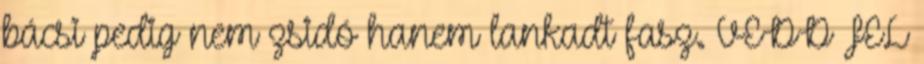
bácsi pedig nem zsidó hanem lankadt fasz. VEDD FEL